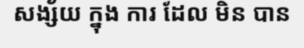
សង្ស័យ ក្នុង ការ ដែល មិន បាន